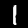
Label: 1